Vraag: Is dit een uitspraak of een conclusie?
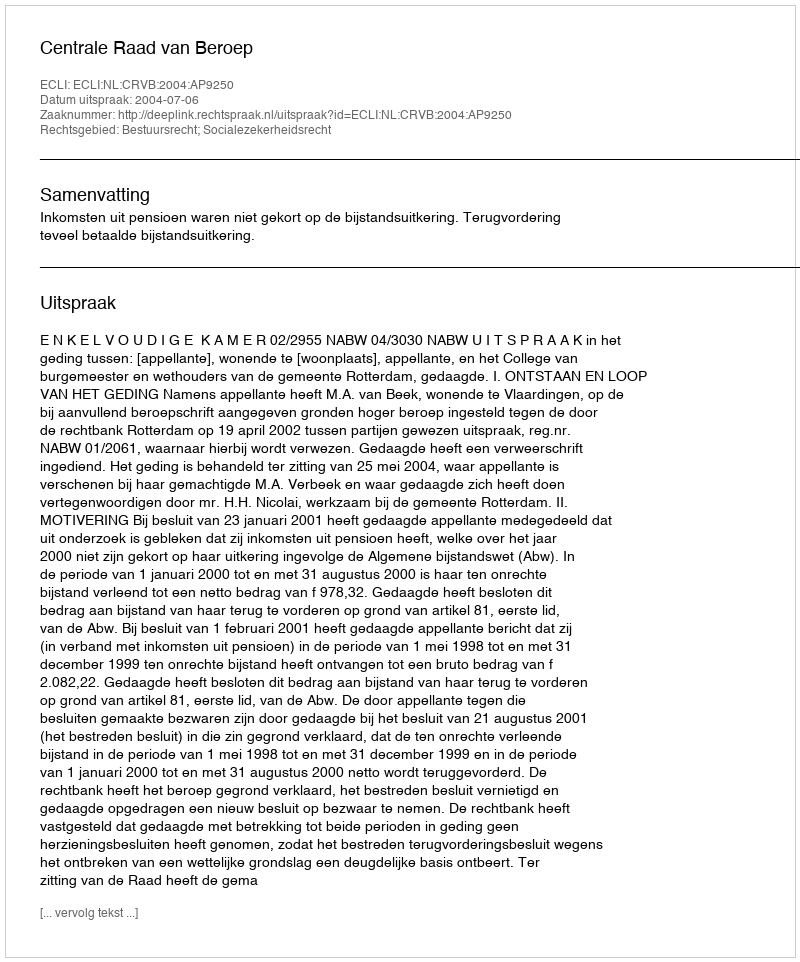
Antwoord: Uitspraak